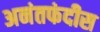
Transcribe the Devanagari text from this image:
अनंतफंदीस